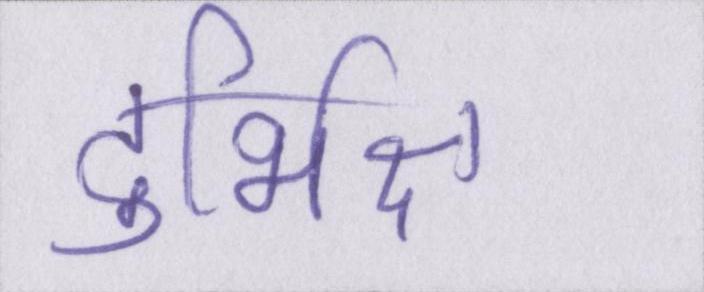
दुर्भिक्ष